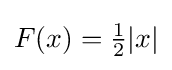
{\textstyle F(x)={\frac {1}{2}}|x|}